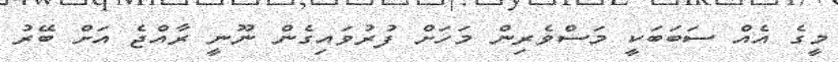
މީގެ އެއް ސަބަބަކީ މަސްވެރިން މަހަށް ފުރުވައިގެން ނޫނީ ރާއްޖެ އަށް ބޭރު